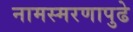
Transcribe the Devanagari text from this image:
नामस्मरणापुढे